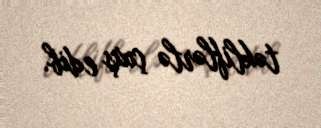
təkliflərlə çıxış edib.